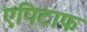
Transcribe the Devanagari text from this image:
एपिटाफ